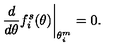
\left. \frac { d } { d \theta } f _ { i } ^ { s } ( \theta ) \right| _ { \theta _ { i } ^ { m } } = 0 .